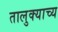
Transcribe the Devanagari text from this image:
तालुक्याच्य